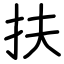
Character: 扶